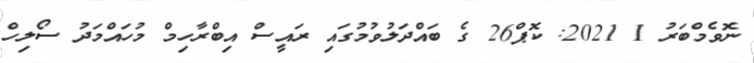
ނޮވެމްބަރު 1 2021: ކޮޕް26 ގެ ބައްދަލުވުމުގައި ރައީސް އިބްރާހިމް މުހައްމަދު ސޯލިހް